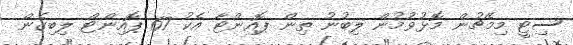
ސިޓީ މިމެޗުން މޮޅުވުމުން ލިބުނު ތިން ޕޮއިންޓާ އެކު 67 ޕޮއިންޓް ލިބިގެން